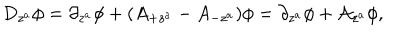
D _ { z ^ { a } } \phi = \partial _ { z ^ { a } } \phi + ( A _ { + z ^ { a } } - A _ { - z ^ { a } } ) \phi = \partial _ { z ^ { a } } \phi + \mathcal { A } _ { z ^ { a } } \phi ,